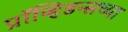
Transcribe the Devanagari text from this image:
प्रॉव्हिडन्सच्या